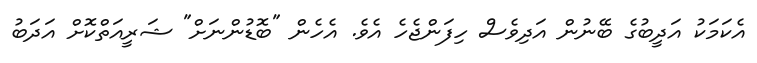
އެކަމަކު އަދީބުގެ ބޭނުން އަދިވެސް ހިފަންޖެހެ އެވެ. އެހެން "ބޮޑުންނަށް" ޝަރީއަތްކޮށް އަދަބު